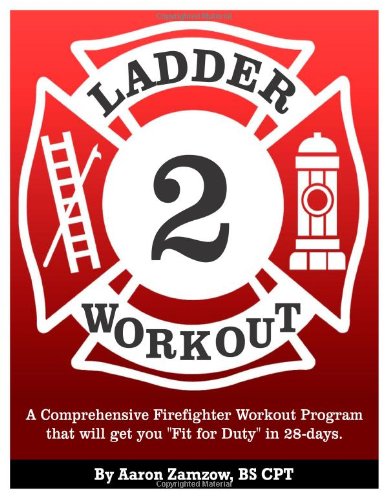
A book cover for Ladder 2 Workout: A Comprehensive Firefighter Workout Program that will get you "Fit for Duty" in 28-days.; Aaron Zamzow; Health, Fitness & Dieting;